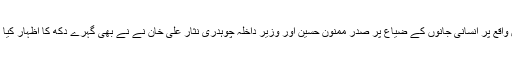
ملتان واقع پر انسانی جانوں کے ضیاع پر صدر ممنون حسین اور وزیر داخلہ چوہدری نثار علی خان نے نے بھی گہرے دکھ کا اظہار کیا ہے ۔